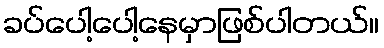
ခပ်ပေါ့ပေါ့နေမှာဖြစ်ပါတယ်။